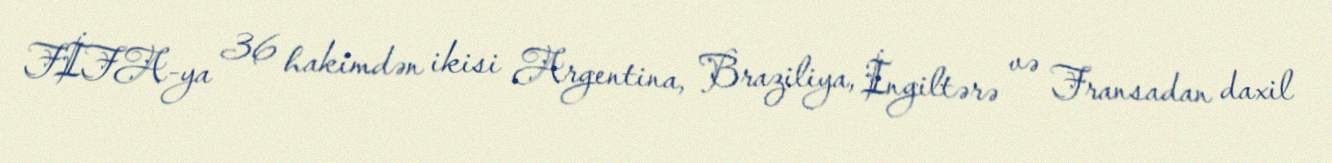
FİFA-ya 36 hakimdən ikisi Argentina, Braziliya, İngiltərə və Fransadan daxil